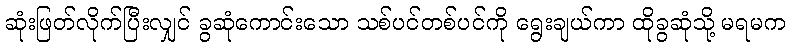
ဆုံးဖြတ်လိုက်ပြီးလျှင် ခွဆုံကောင်းသော သစ်ပင်တစ်ပင်ကို ရွေးချယ်ကာ ထိုခွဆုံသို့ မရမက